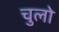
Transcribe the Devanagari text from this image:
चुलो